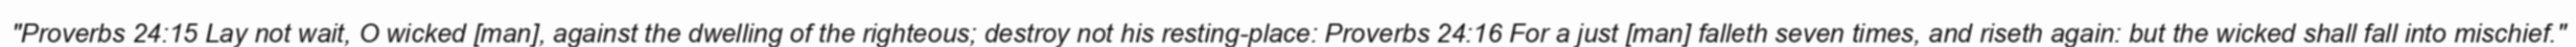
"Proverbs 24:15 Lay not wait, O wicked [man], against the dwelling of the righteous; destroy not his resting-place: Proverbs 24:16 For a just [man] falleth seven times, and riseth again: but the wicked shall fall into mischief."